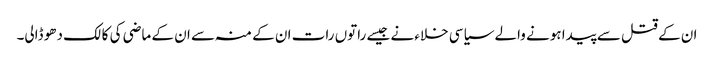
ان کے قتل سے پیدا ہونے والے سیاسی خلاء نے جیسے راتوں رات ان کے منہ سے ان کے ماضی کی کالک دھو ڈالی۔